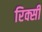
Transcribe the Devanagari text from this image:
रिक्सी